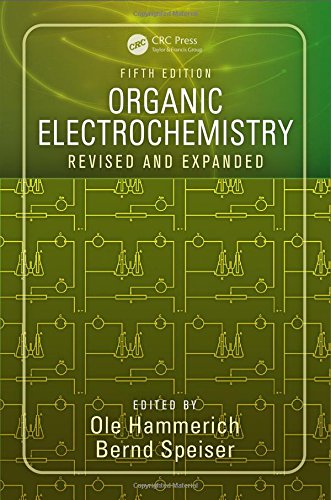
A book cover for Organic Electrochemistry, Fifth Edition: Revised and Expanded; Science & Math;